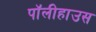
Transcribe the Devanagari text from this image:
पॉलीहाउस